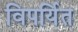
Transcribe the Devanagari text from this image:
विपर्यित